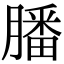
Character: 膰